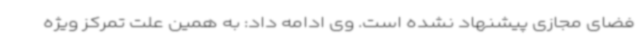
فضای مجازی پیشنهاد نشده است. وی ادامه داد: به همین علت تمرکز ویژه